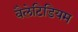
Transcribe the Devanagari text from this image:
वैलेटिडियम